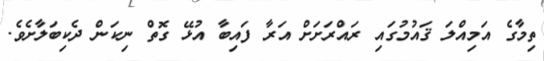
ތިމާގެ އަމިއްލަ ޤައުމުގައި ރައްރަށަށް އަރާ ފައިބާ އުޅޭ ގޮތް ނިކަން ދެކިބަލާށެވެ.